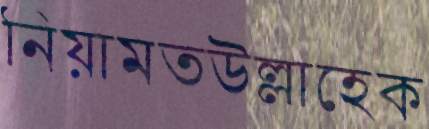
নিয়ামতউল্লাহেক